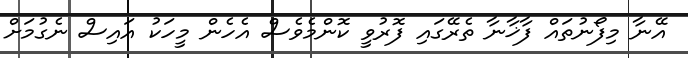
އޭނާ މިފޯނުތައް ފާޚާނާ ތެރޭގައި ފޮރުވީ ކޮންމެވެސް އެހެން މީހަކު އައިސް ނެގުމަށް